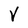
Character: V